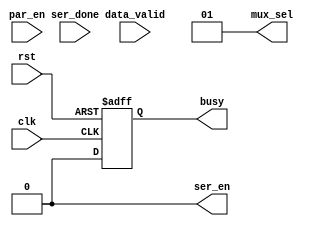
module uart_tx_fsm (
    input wire clk,
    input wire rst,
    input wire ser_done,
    input wire data_valid,
    input wire par_en,
    output reg ser_en,
    output reg [1:0] mux_sel,
    output reg busy);

reg busy_m;
reg [2:0] present_state,next_state;

/***************** Encoding_FSM *******************/
localparam [2:0] idle   = 3'b000,
                 start  = 3'b001,
                 data   = 3'b010,
                 parity = 3'b011,
                 stop   = 3'b100;
/***************************************************/
/************* state_transition_fsm ****************/
//sequential part _fsm
always@(posedge clk or negedge rst)
begin
  if(!rst)
  begin
    present_state <= idle;
  end
  else
  begin
    present_state <= next_state;
  end
end
/***********output and next state logic_fsm********/
//combination part_fsm
always@(*)
begin
    present_state = 0;
    next_state    = 0;
    case (present_state)
        idle:begin
            busy_m    = 1'b0;
            ser_en  = 1'b0;
            mux_sel = 2'b01; //tx_out = 1 in idle
            if (data_valid) 
                next_state = start;
                else 
                next_state = idle;
                        
            end 
        start:begin
            busy_m    = 1'b1;
            ser_en  = 1'b0;
            mux_sel = 2'b00;
            next_state = data;
            end
        data:begin
            busy_m    = 1'b1;
            ser_en  = 1'b1;
            mux_sel = 2'b10;
            if (ser_done)
                begin
                ser_en = 1'b0;
                if (par_en) begin
                    next_state = parity;
                            end
                else        begin
                    next_state = stop;
                            end    
                end    
            else begin
                ser_en = 1'b1;
                next_state = data;
                end         
                           
            end
        parity:begin
            busy_m    = 1'b1;
            ser_en  = 1'b0;
            mux_sel = 2'b11;
            next_state = stop;
            end
        stop:begin
            busy_m    = 1'b1;
            ser_en  = 1'b0;
            mux_sel = 2'b01;
            next_state = stop;
            end
        default:begin
            busy_m  = 1'b0;
            ser_en  = 1'b0;
            mux_sel = 2'b01; 
                end

    endcase
end
/*****************************************************/

/************ ASYNC_rst and regiter output************/
always @(posedge clk or negedge rst) 
begin
    if (!rst) 
        begin
        busy <= 1'b0;    
        end
    else
        begin
        busy <= busy_m;
        end    
end

/*****************************************************/

endmodule